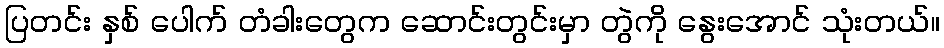
ပြတင်း နှစ် ပေါက် တံခါးတွေက ဆောင်းတွင်းမှာ တွဲကို နွေးအောင် သုံးတယ်။